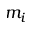
m _ { i }